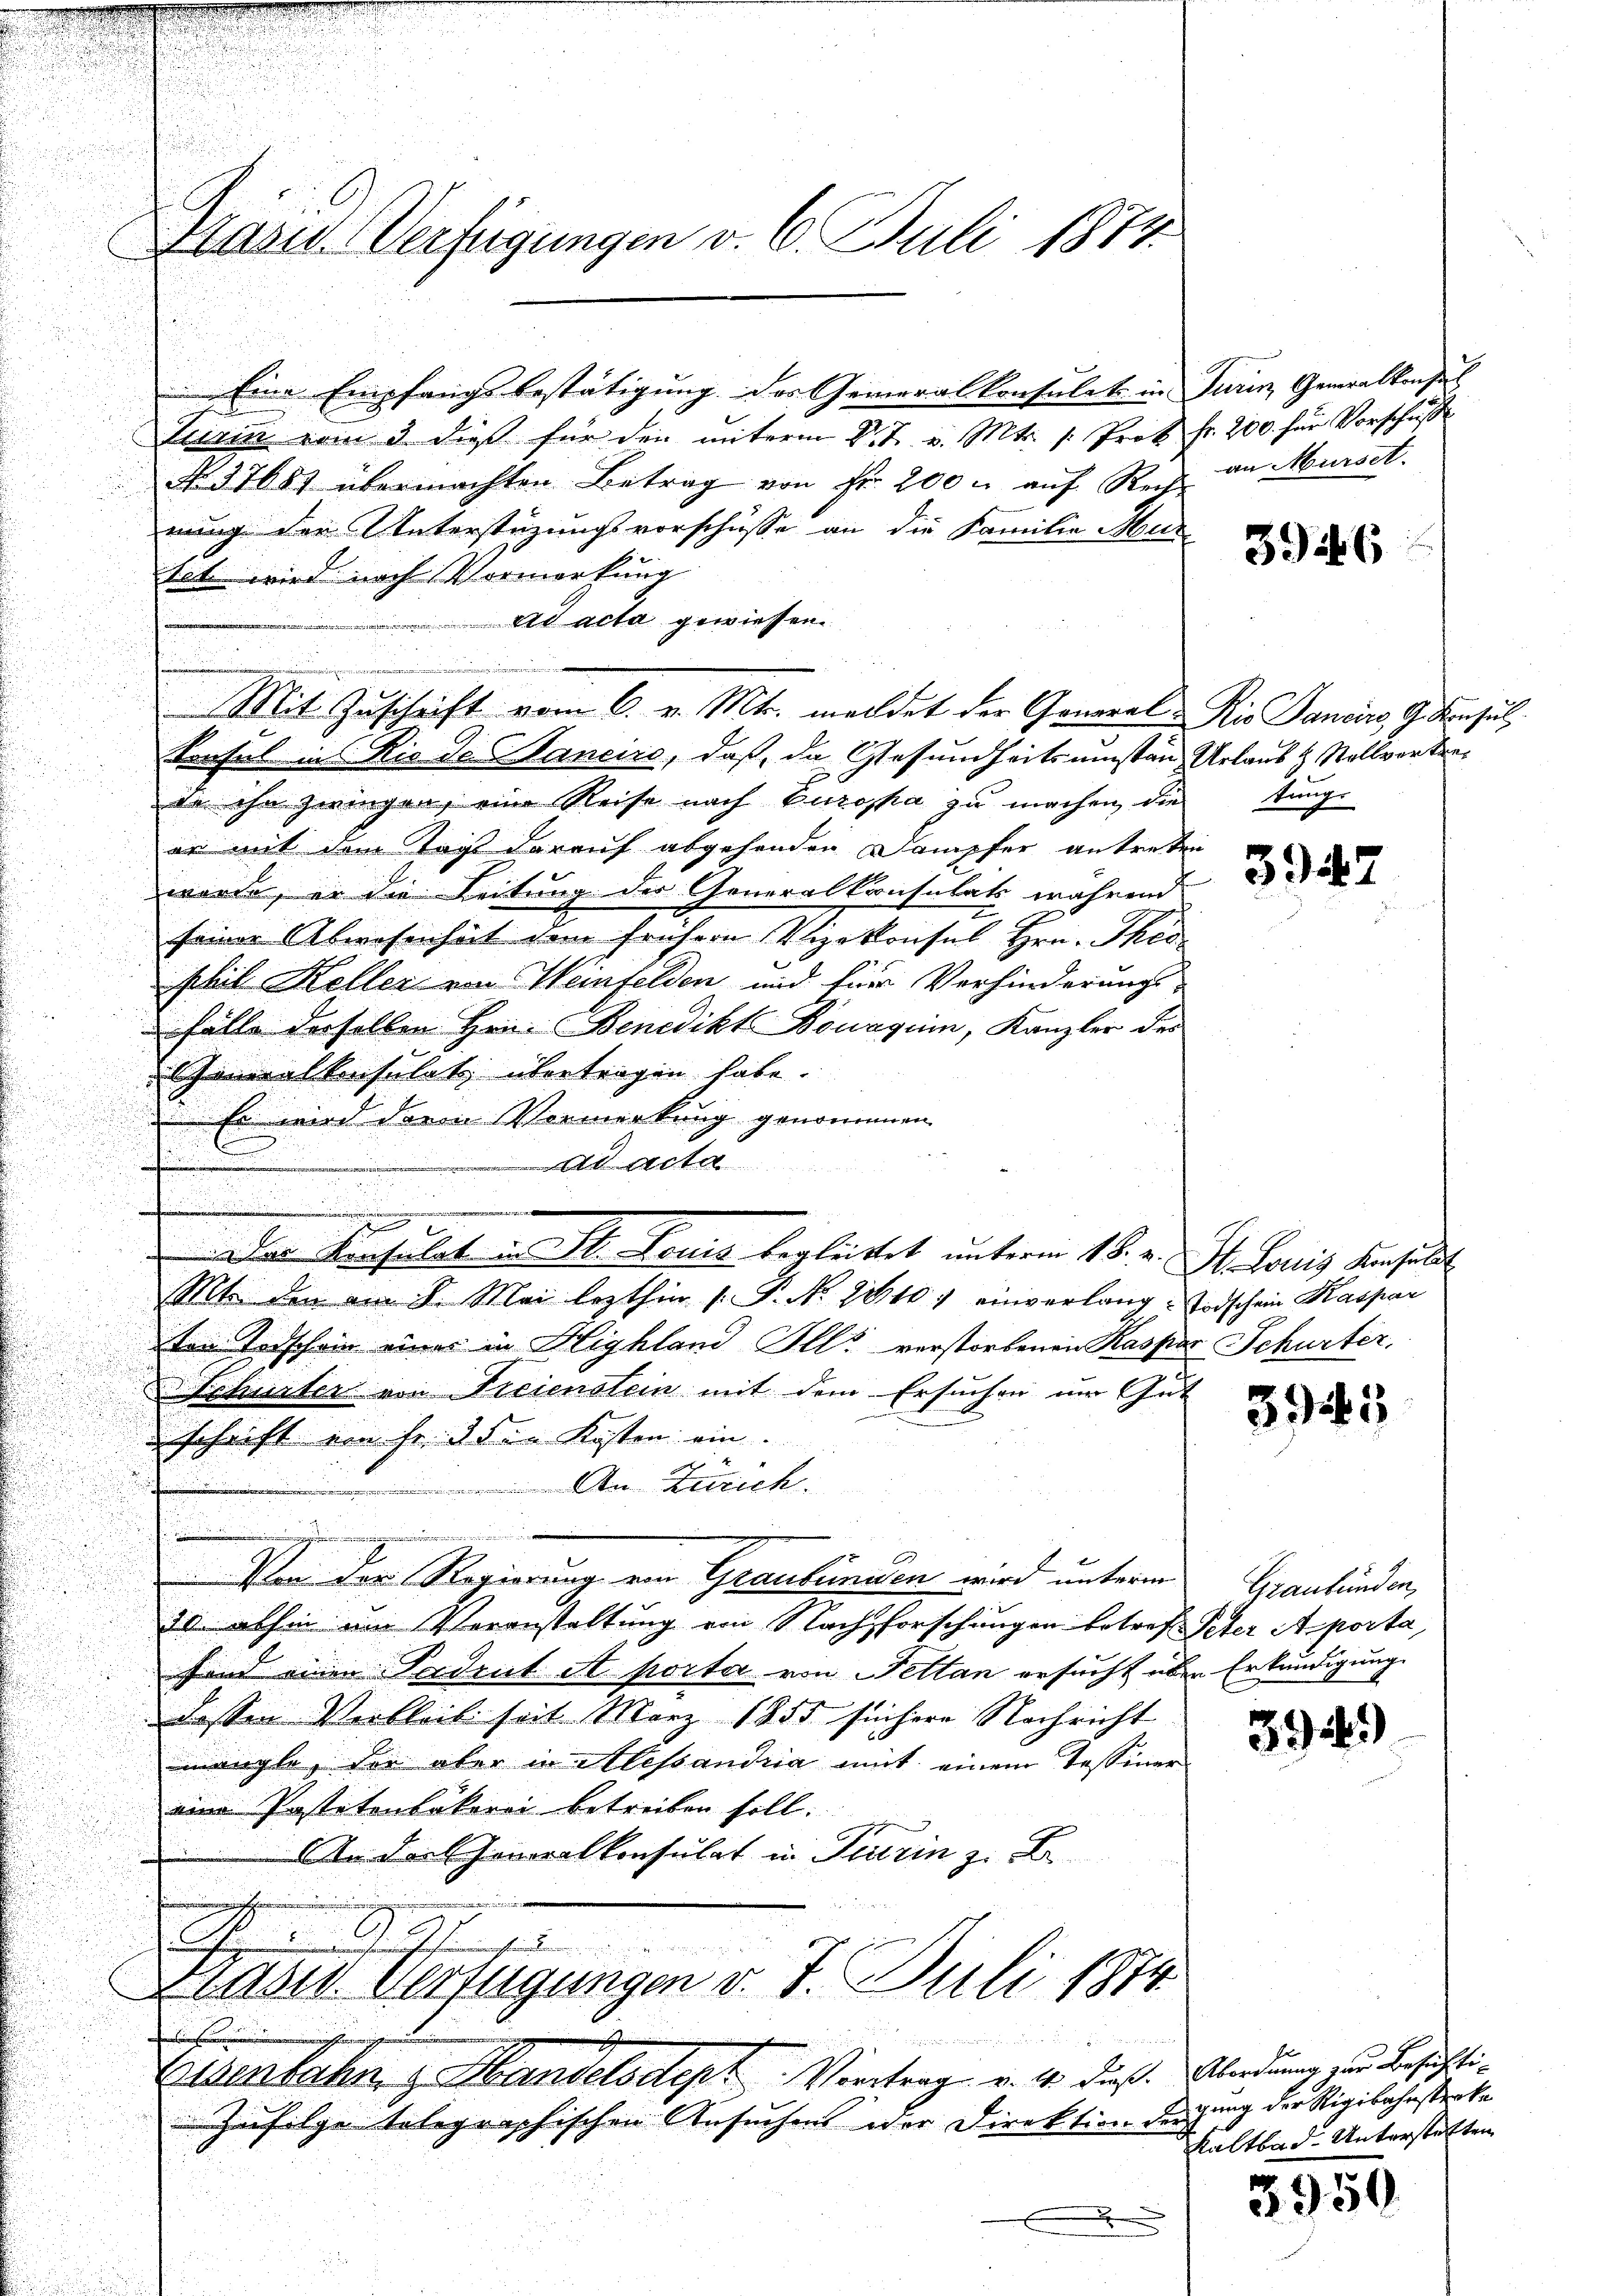
Grand Verfügungen v. 6. Juli 1874.

Turin vom 3. dieß für den unterm V. J. v. Mts. 1. Prok. fr. 200. für Vorschuß
No. 37687 übermachten Betrag von Fr. 200 r auf Rech
nung der Unterstüzungsvorschüsse an die Familie Mur
tete wird nach Vormerkung
ad acta gewiessen.
Mit Zuschrift vom 6. v. Mts. meldet der General-Ris Dancirs, G. Konsul
trafel in Rio de Sanciro, daß, da Gesundheitsumstan Urlaub & Stellvertreda ihn zwingen, eine Reise nach Europa zu machen, die tunge
er mit dem Tag darauf abgehenden Dampfer antreten
werde, er die Leitung der Generalkonsulats während
seiner Abwesenheit dem frühern Vizekonsul Hrn. Thei
phil Keller von Weinfelden und für Verhinderungs-
Fälle derselben Hrn. Benedikt Bonaquin, Kanzler der
Generalkonsulat übertragen habe.
i
Es wird darin Vormerkung genommen
u
ad acta
.
1
.
Der Konsulat u. St. Louis begleitet unterm 18. v. St. Louis Kisell
Mt. den am 8. Mai lezthin [ P. No. 211107 einverlang- Todschein Kaspar
ten Todschein eines in Highland Illi verstorbenen Kaspar Schurter,
& Schurter von Freienstein mit dem Ersuchen um Gut
schrift von Fr. 35 u. Kosten ein.
An Zürich.
..............
Von der Regierung von Graubünden wird unterm Graubünden,
35. abhin um Veranstaltung von Nachsforschungen betref Peter Aporta
sind einen Fordent et porta von Pettan ersucht über Erkundigung
dassen Verbleib seit März 1855 sichere Nachricht
mangle, der aber in Alessandria mit einem Tessiner
eine Pastetenbakerei betreiben soll.
An der Generalkonsulat in Turin z. B.

Fri
Frasen Verfügungen v. 7. Juli 1874
s

do
Eisenbahn z. Handelsdept: Vortrag v. 4. dieß. Überdung zur Besuchti¬
Herfolge telegraphischen Ansuchens oder Direktion dergung der Rigibahnstrake
x
e

Eine Empfangsbestätigung des Generalkonsulat in Turin Generalkonsul

an Murse.

3946

394.

3945

394)

f
Kaltbad- Unterstalten

3950.